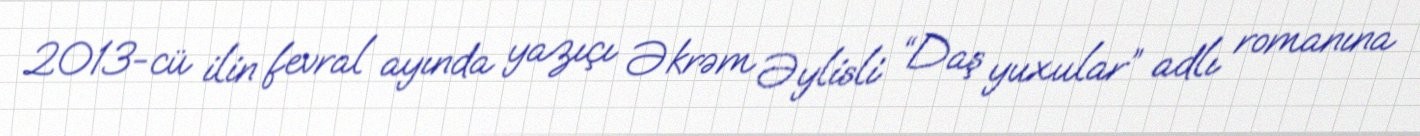
2013-cü ilin fevral ayında yazıçı Əkrəm Əylisli “Daş yuxular” adlı romanına